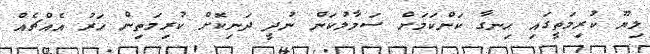
ލިޔޫ ކުރިމަތީގައި ހިނގާ ކަންކަމަށް ސަމާލުކަން ނުދީ ދަނިކޮށް ކުރިމަތިން ހަރު އެއްޗެއް